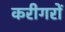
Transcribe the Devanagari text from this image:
करीगरों